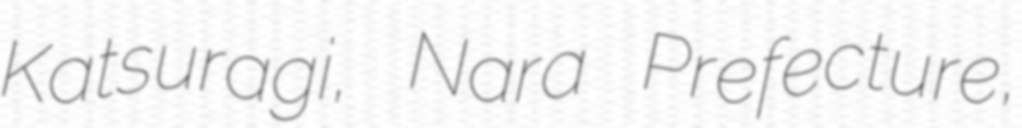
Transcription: Katsuragi, Nara Prefecture,